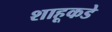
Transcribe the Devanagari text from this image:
शाहूकडे